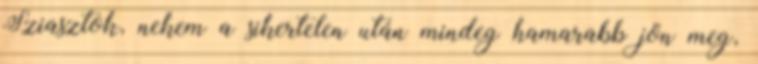
Sziasztok, nekem a sikertelen után mindeg hamarabb jön meg,